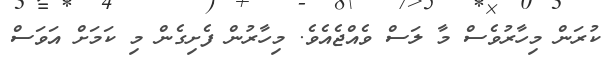
ކުރަން މިހާރުވެސް މާ ލަސް ވެއްޖެއެވެ. މިހާރުން ފެށިގެން މި ކަމަށް އަވަސް